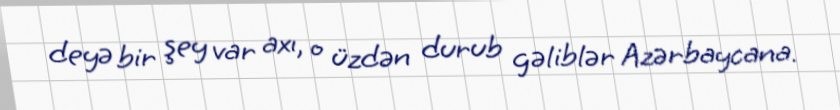
deyə bir şey var axı, o üzdən durub gəliblər Azərbaycana.